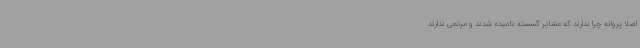
اصلاً پروانه چرا ندارند که عشایر گسسته نامیده شدند و مرتعی ندارند